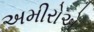
અમીરોએ